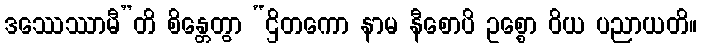
ဒဿေဿာမီ”တိ စိန္တေတွာ “ဌိတကော နာမ နီစောပိ ဥစ္စော ဝိယ ပညာယတိ။